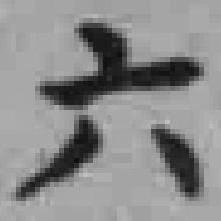
六